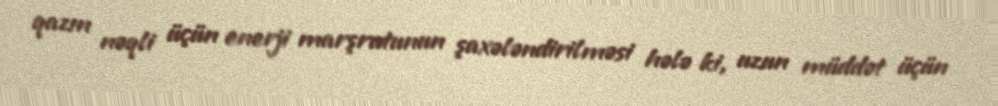
qazın nəqli üçün enerji marşrutunun şaxələndirilməsi hələ ki, uzun müddət üçün